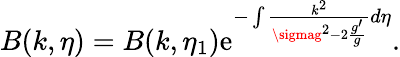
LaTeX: B(k,\eta)=B(k,\eta_{1})\mathrm{e}^{-\int\frac{{k^{2}}}{{\sigmag^{2}-2\frac{{g^{\prime}}}{{g}}}}d\eta}.